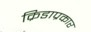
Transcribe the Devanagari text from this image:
क्रिडाप्रकार